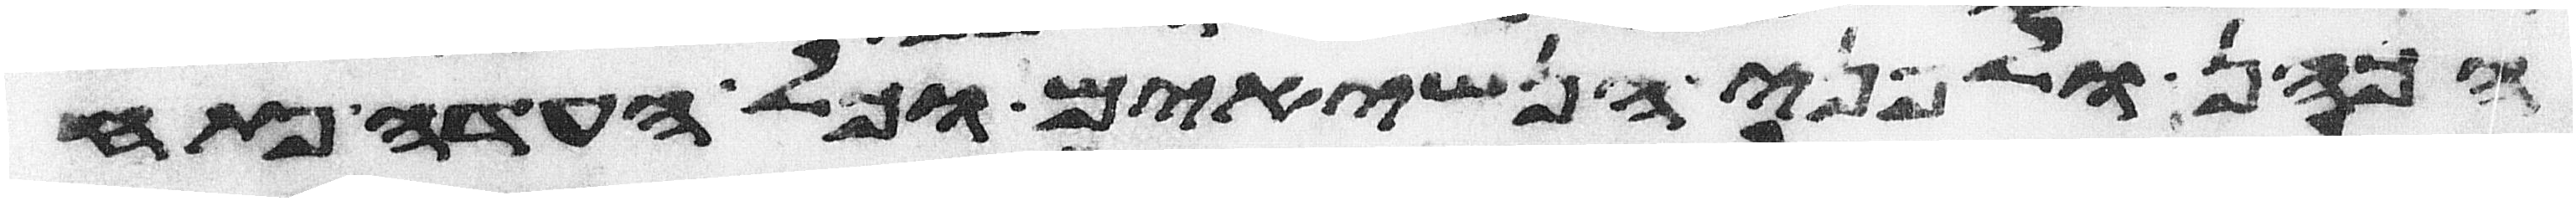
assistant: הכהן ולפני הנשיאים וכל העדה פתח